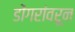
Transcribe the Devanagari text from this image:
डोंगरांवरून